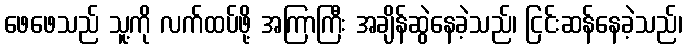
ဖေဖေသည် သူ့ကို လက်ထပ်ဖို့ အကြာကြီး အချိန်ဆွဲနေခဲ့သည်၊ ငြင်းဆန်နေခဲ့သည်၊